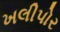
ખલીપોર